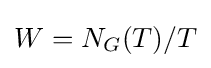
W=N_{G}(T)/T